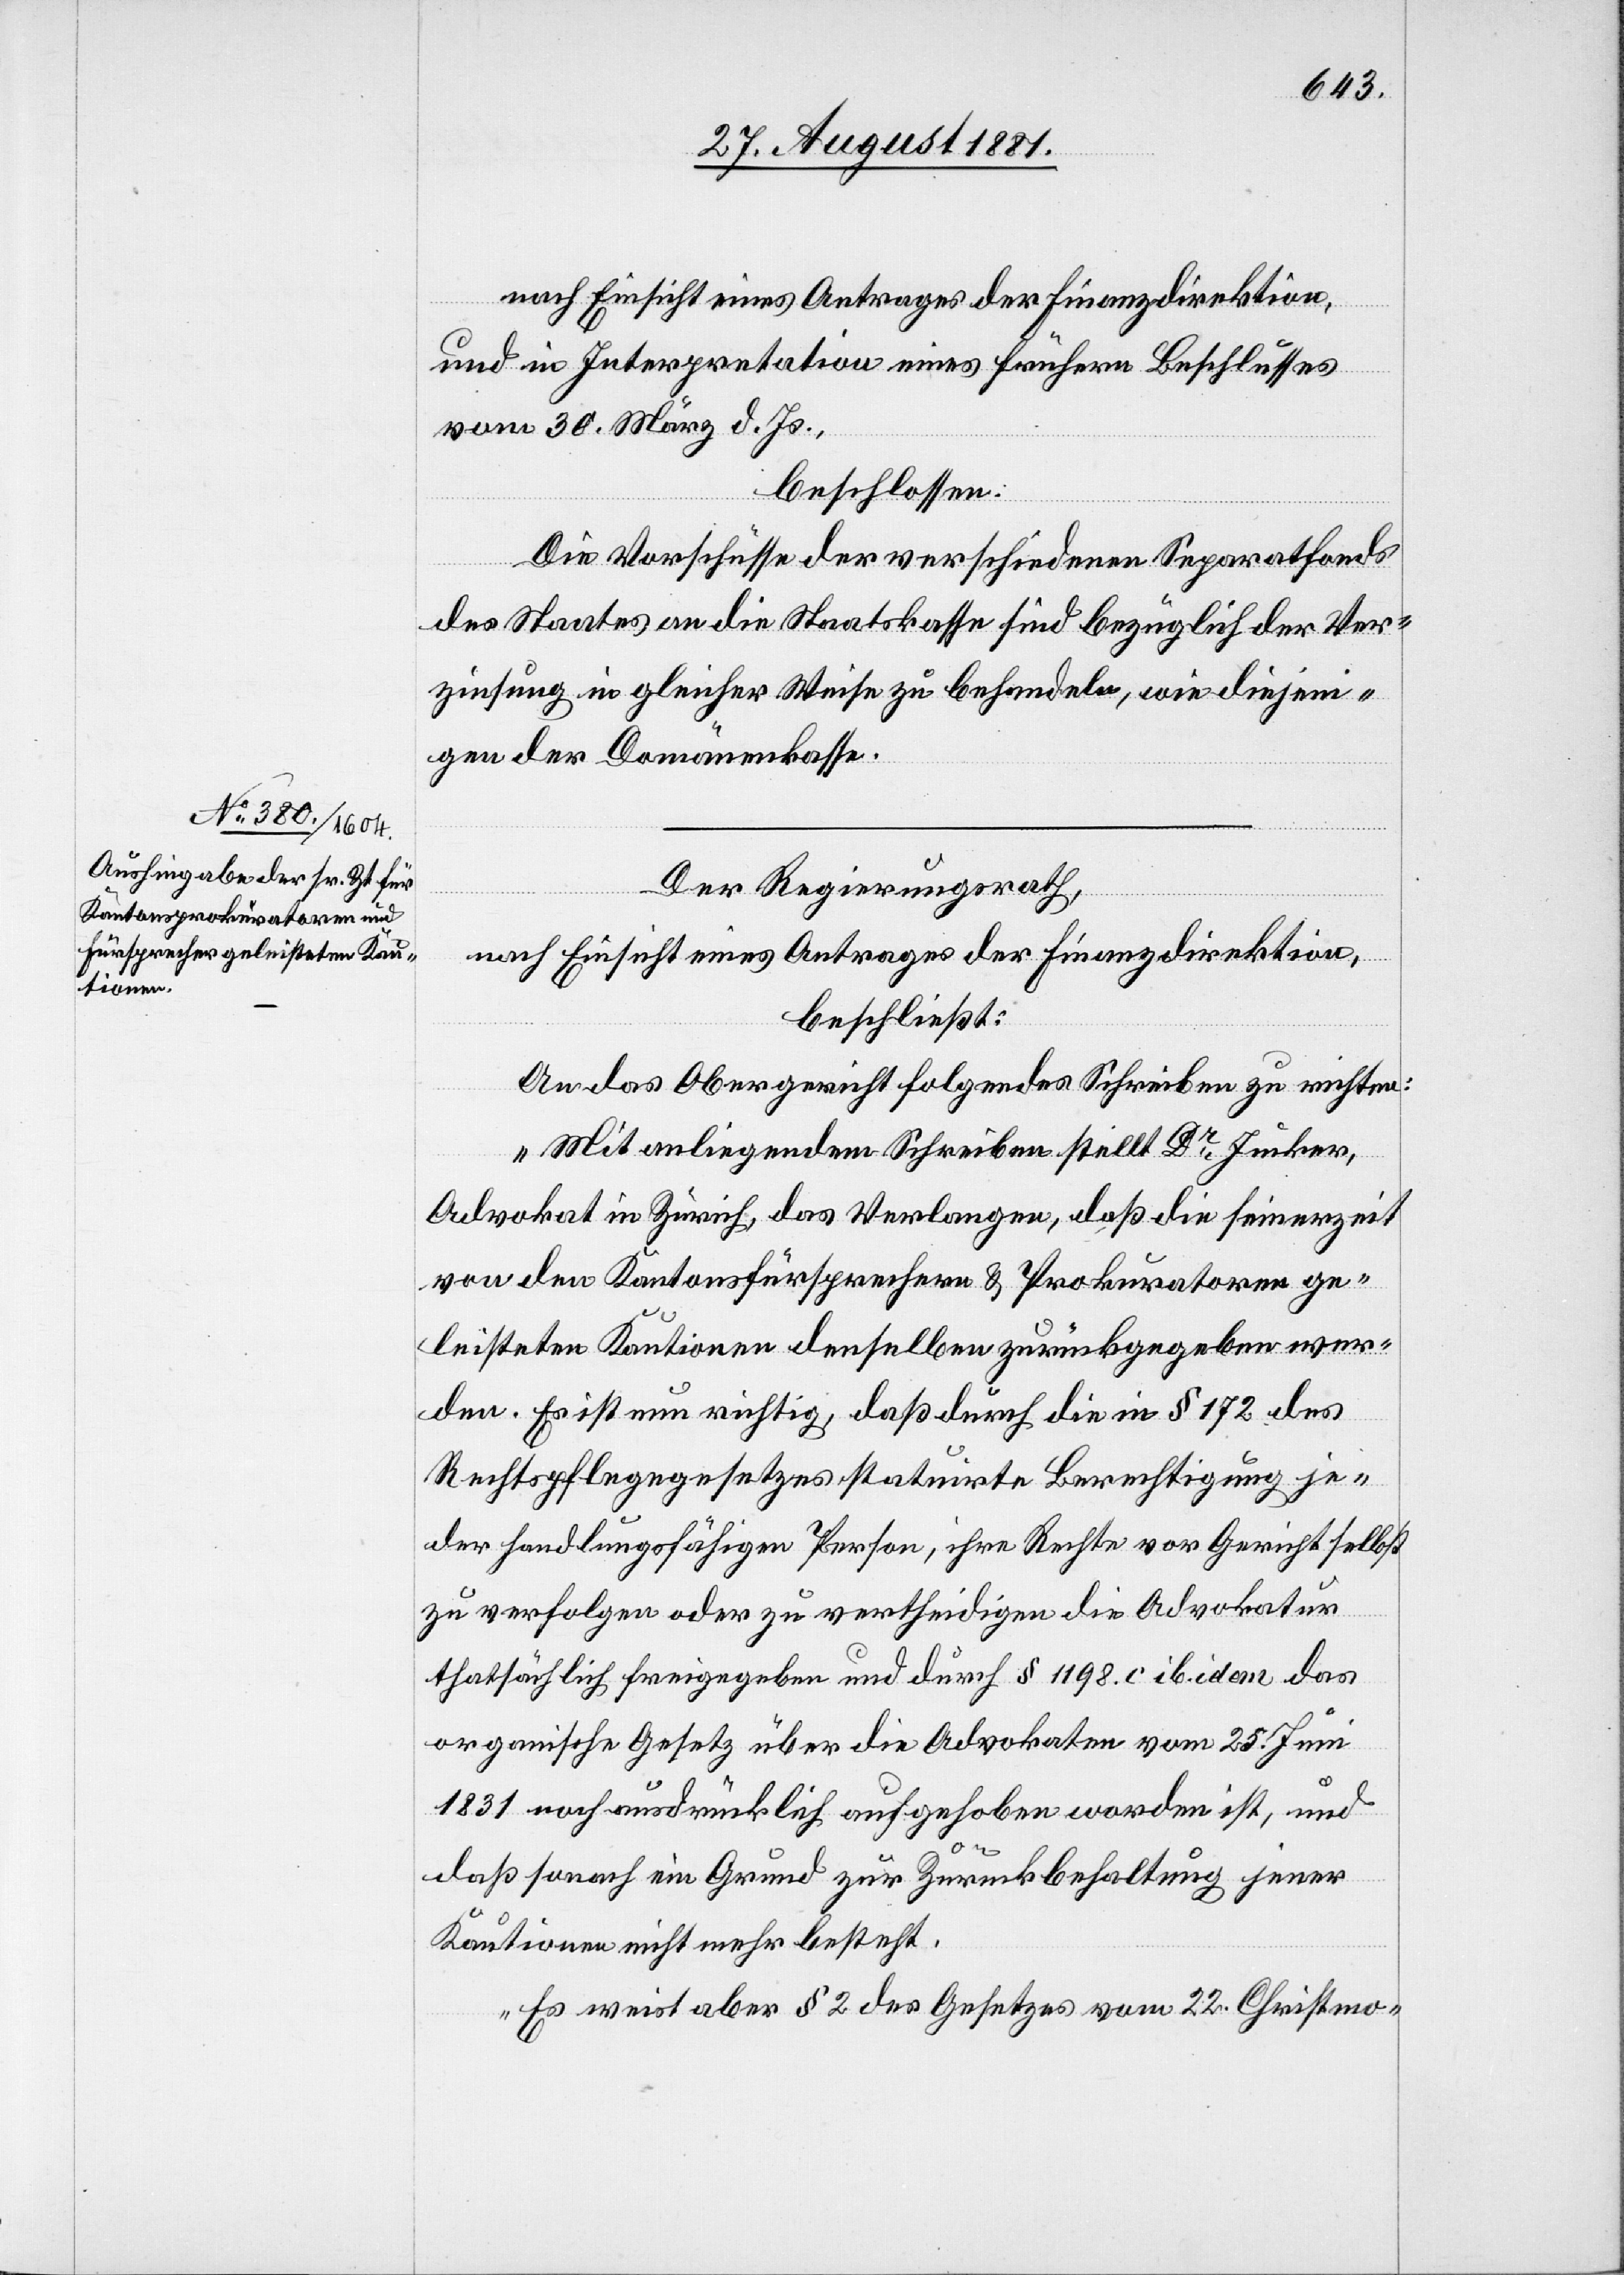
nach Einsicht eines Antrages der Finanzdirektion,
und die Interpretation eines frühern Beschlusses
vom 30. März d. Js.,
beschlossen:
Die Vorschüsse der verschiedenen Separatfonds
des Staates an die Staatskasse sind bezüglich der Ver¬
zinsung in gleicher Weise zu behandeln, wie diejeni¬
gen der Domänenkasse.
Der Regierungsrath,
nach Einsicht eines Antrages der Finanzdirektion,
beschließt:
An das Obergericht folgendes Schreiben zu richten:
„Mit anliegendem Schreiben stellt Dr Junker,
Advokat in Zürich, das Verlangen, daß die seinerzeit
von den Kantonsfürsprechern & Prokuratoren ge¬
leisteten Kautionen denselben zurückgegeben wer¬
den. Es ist nun richtig, daß durch die in § 172 des
Rechtspflegegesetzes statuirte Berechtigung je¬
der handlungsfähigen Person, ihre Rechte vor Gericht selbst
zu verfolgen oder zu vertheidigen die Advokaten
thatsächlich freigeben und durch § 1198 c. ib. idem das
organische Gesetz über die Advokaten vom 25. Juni
1831 noch ausdrücklich aufgehoben worden ist, und
daß sonach ein Grund zur Zurückbehaltung jener
Kautionen nicht mehr besteht.
Es weist aber § 2 des Gesetzes vom 22. Christmo-